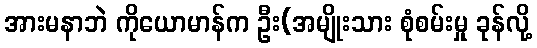
အားမနာဘဲ ကိုယောမာန်က ဦး(အမျိုးသား စုံစမ်းမှု ခုန်လို့